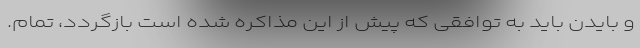
و بایدن باید به توافقی که پیش از این مذاکره شده است بازگردد، تمام.